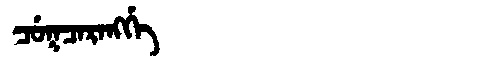
Manchu: ᠴᡠᡴᠴᠠᡵᠠᠩᡤᡝ
Romanization: CUKCARANGGE